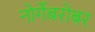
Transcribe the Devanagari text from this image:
नोर्गेबरोबर